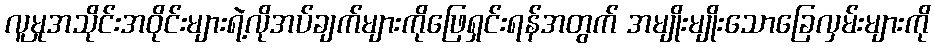
လူမှုအသိုင်းအဝိုင်းများရဲ့လိုအပ်ချက်များကိုဖြေရှင်းရန်အတွက် အမျိုးမျိုးသောခြေလှမ်းများကို